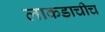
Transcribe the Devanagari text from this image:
लाकडाचीच